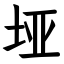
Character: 垭